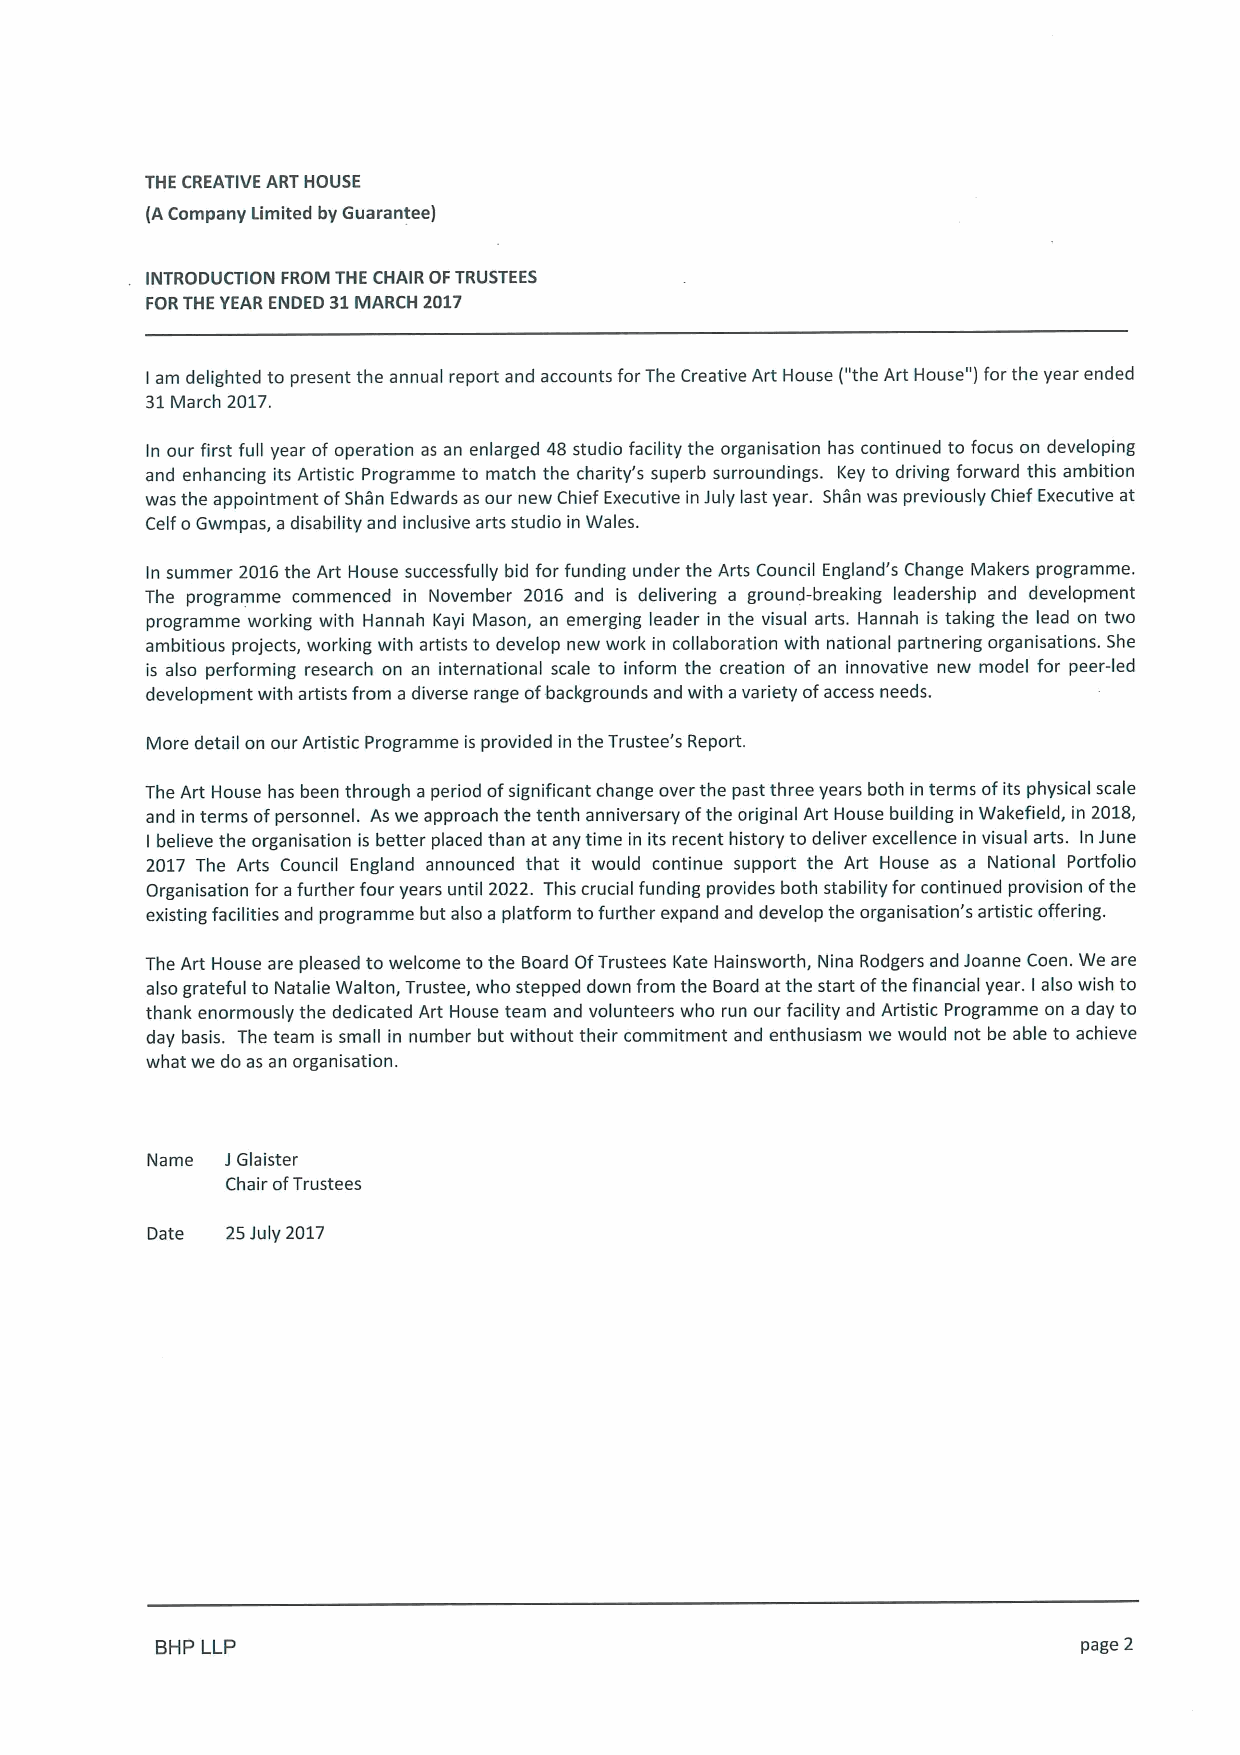
THE CREATIVE ART HOUSE
 (ACompany Limited by Guarantee)
 INTRODUCTION FROM THE CHAIR OFTRUSTEES
 FORTHE YEAR ENDED 31MARCH 2017
 I
 am delighted to present the annual report and accounts for The Creative Art House ("the Art House" )for the year ended
 31March 2017.
 In our first full year of operation as an enlarged 48studio facility the organisation has continued to focus on developing
 and enhancing its Artistic Programme to match the charity's superb surroundings. Key to driving forward this ambition
 was the appointment ofShan Edwards as our new Chief Executive in July last year. Shan was previously Chief Executive at
 Celf oGwmpas, a disability and inclusive arts studio in Wales.
 In summer 2016the Art House successfully bid for funding under the Arts Council England's Change Makers programme.
 The programme commenced in November 2016 and is delivering a ground-breaking leadership and development
 programme working with Hannah Kayi Mason, an emerging leader in the visual arts. Hannah is taking the lead on two
 ambitious projects, working with artists to develop new work in collaboration with national partnering organisations. She
 is also performing research on an international scale to inform the creation of an innovative new model for peer-led
 development with artists from a diverse range ofbackgrounds and with avariety ofaccess needs.
 More detail on our Artistic Programme is provided in the Trustee's Report.
 The Art House has been through a period ofsignificant change over the past three years both in terms ofits physical scale
 and in terms ofpersonnel. As we approach the tenth anniversary ofthe original Art House building in Wakefield, in 2018,
 I believe the organisation is better placed than at any time in its recent history to deliver excellence in visual arts. In June
 2017 The Arts Council England announced that it would continue support the Art House as a National Portfolio
 Organisation for afurther four years until 2022. This crucial funding provides both stability for continued provision ofthe
 existing facilities and programme but also a platform tofurther expand and develop the organisation's artistic offering.
 The Art House are pleased to welcome to the Board OfTrustees Kate Hainsworth, Nina Rodgers and Joanne Coen. We are
 also grateful to Natalie Walton, Trustee, who stepped down from the Board at the start ofthe financial year. I also wish to
 thank enormously the dedicated Art House team and volunteers who run our facility and Artistic Programme on a day to
 day basis. The team is small in number but without their commitment and enthusiasm we would not be able to achieve
 what we do as an organisation.
 Name JGlaister
 Chair ofTrustees
 Date 25July 2017
 BHP LLP                                                       page 2